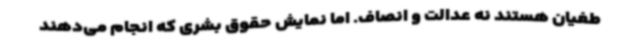
طغیان هستند نه عدالت و انصاف. اما نمایش حقوق بشری که انجام می‌دهند